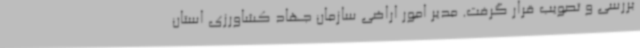
بررسی و تصویب قرار گرفت. مدیر امور اراضی سازمان جهاد کشاورزی استان